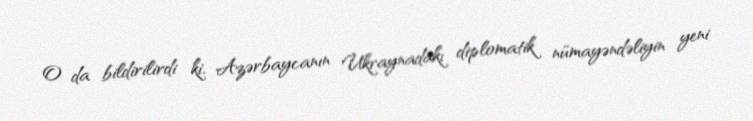
O da bildirilirdi ki, Azərbaycanın Ukraynadakı diplomatik nümayəndəliyin yeni